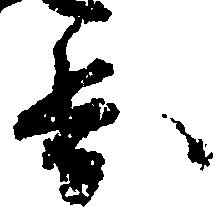
歩